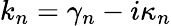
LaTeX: k_{n}=\gamma_{n}-i\kappa_{n}